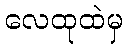
လေထုထဲမှ